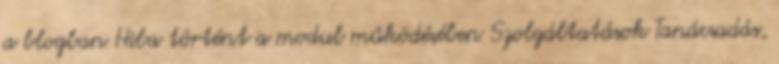
a blogban Hiba történt a modul működésében Szolgáltatások Tanácsadás,